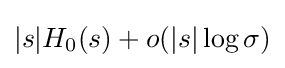
{|s|}H_{0}(s)+o({|s|}\log \sigma )